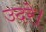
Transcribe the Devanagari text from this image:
उदरे।